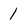
Character: 1